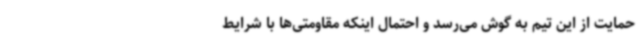
حمایت از این تیم به گوش می‌رسد و احتمال اینکه مقاومتی‌ها با شرایط